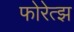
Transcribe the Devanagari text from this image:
फोरेत्झ